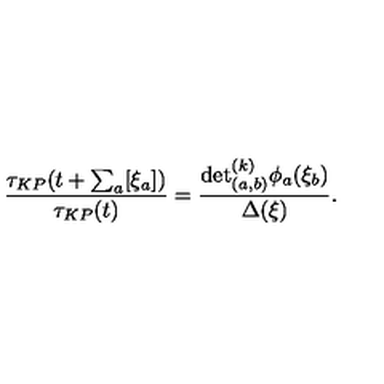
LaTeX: \frac { \tau _ { K P } ( t + \sum _ { a } [ \xi _ { a } ] ) } { \tau _ { K P } ( t ) } = \frac { { \det } _ { ( a , b ) } ^ { ( k ) } \phi _ { a } ( \xi _ { b } ) } { \Delta ( \xi ) } .